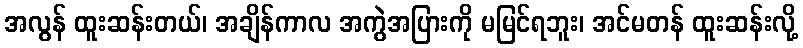
အလွန် ထူးဆန်းတယ်၊ အချိန်ကာလ အကွဲအပြားကို မမြင်ရဘူး၊ အင်မတန် ထူးဆန်းလို့